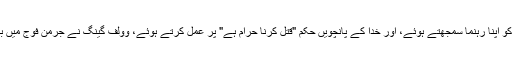
1940-42: خدا، نہ کہ ہٹلر، کو اپنا رہنما سمجھتے ہوئے، اور خدا کے پانچویں حکم "قتل کرنا حرام ہے" پر عمل کرتے ہوئے، وولف گینگ نے جرمن فوج میں بھرتی ہونے سے انکار کر دیا۔